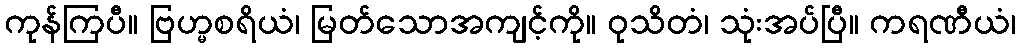
ကုန်ကြပီ။ ဗြဟ္မစရိယံ၊ မြတ်သောအကျင့်ကို။ ဝုသိတံ၊ သုံးအပ်ပြီ။ ကရဏီယံ၊